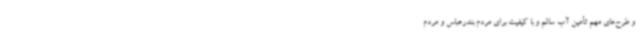
و طرح‌های مهم تأمین آب سالم و با کیفیت برای مردم بندرعباس و مردم